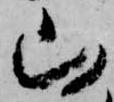
山